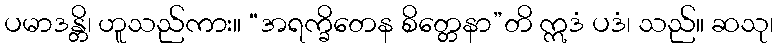
ပမာဒန္တိ၊ ဟူသည်ကား။ “အရက္ခိတေန စိတ္တေနာ”တိ ဣဒံ ပဒံ၊ သည်။ ဆသု၊